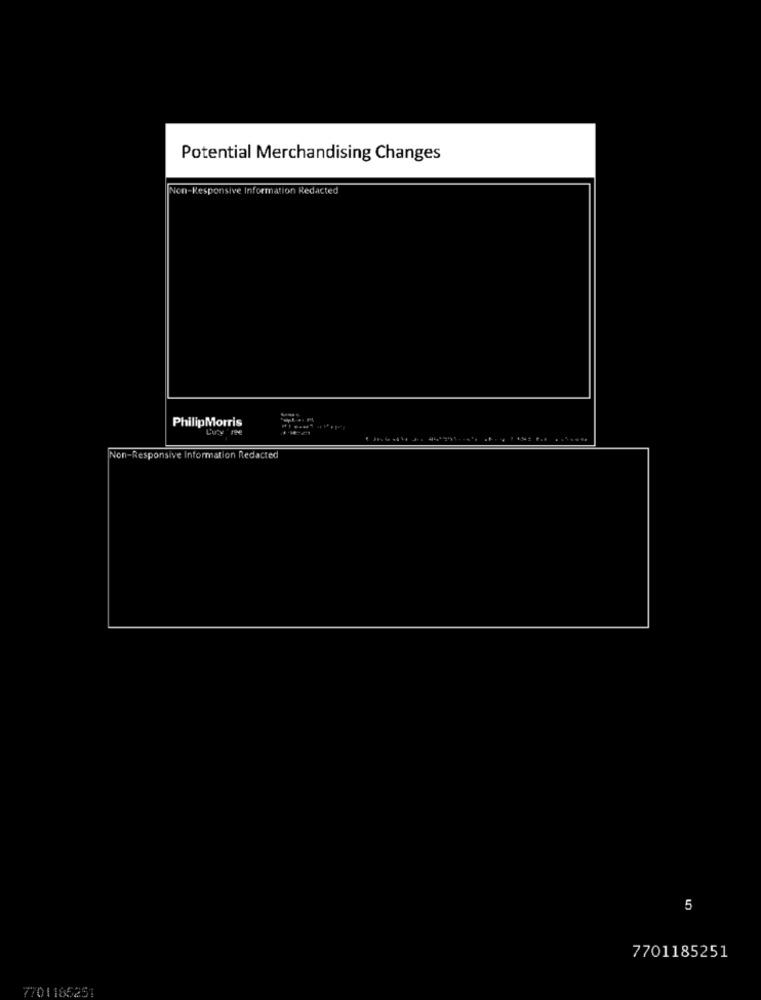
Potential Merchandising Changes
Non-Responsive Information Redacted
PhilipMorris
Cury re
Non-Responsive Information Redacted
5
7701185251
7701185251